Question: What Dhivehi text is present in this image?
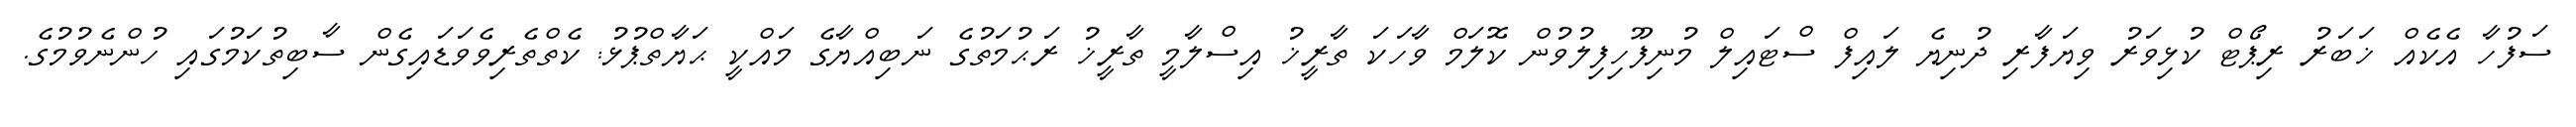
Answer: ސަފުހާ އެކެއް ޚަބަރު ރިޕޯޓް ކުޅިވަރު ވިޔަފާރި ދުނިޔެ ލައިފް ސްޓައިލް މުނިފޫހިފިލުވުން ކޮލަމް ވާހަކަ ތާރީޚު އިސްލާމީ ތާރީޚު ރަޙުމަތުގެ ނަބިއްޔާގެ މައްކީ ޙަޔާތްޕުޅު: ކެތްތެރިވެވަޑައިގެން ސާބިތުކަމުގައި ހުންނެވުމުގެ.